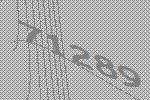
71289